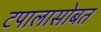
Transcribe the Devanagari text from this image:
टपालासोबत